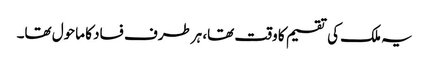
یہ ملک کی تقسیم کا وقت تھا، ہرطرف فساد کا ماحول تھا۔